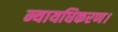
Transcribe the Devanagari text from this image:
न्यायधिकरण।